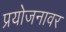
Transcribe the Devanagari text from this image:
प्रयोजनावर